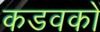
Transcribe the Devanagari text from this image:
कडवकों